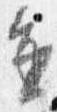
進